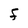
Character: F